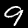
Digit: 9